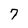
Character: 7